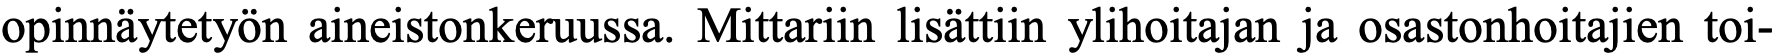
opinnäytetyön aineistonkeruussa. Mittariin lisättiin ylihoitajan ja osastonhoitajien toi-